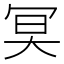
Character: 𠖇